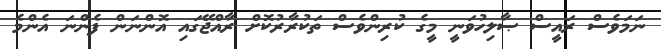
ނަމަވެސް ރައީސް ޞާލިހުވަނީ މީގެ ކުރިންވެސް ތަކުރާރުކޮށް ރާއްޖޭގައި އޮންނަން ފެންނަ އެންމެ